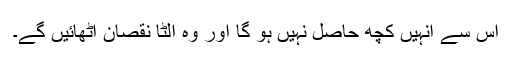
اس سے انہیں کچھ حاصل نہیں ہو گا اور وہ الٹا نقصان اٹھائیں گے۔